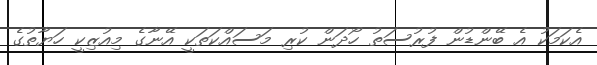
އެކަމަކު އެ ބޭންޑުން ފުރުސަތު ހޯދަން ކުރި މަސައްކަތަކީ އޭނާގެ މިއުޒިކީ ހަޔާތުގެ